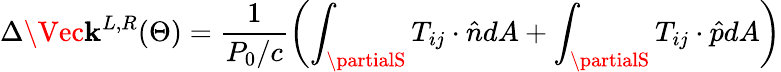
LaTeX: \Delta\Vec{\mathbf{k}}^{L,R}(\Theta)=\frac{{1}}{{P_{0}/c}}\left(\int_{\partialS}T_{ij}\cdot\hat{{n}}dA+\int_{\partialS}T_{ij}\cdot\hat{{p}}dA\right)